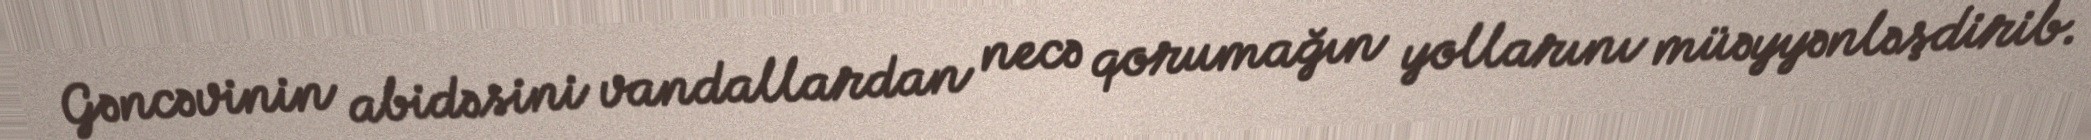
Gəncəvinin abidəsini vandallardan necə qorumağın yollarını müəyyənləşdirib.